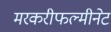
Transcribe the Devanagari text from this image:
मरकरीफल्मीनेट